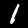
Digit: 1